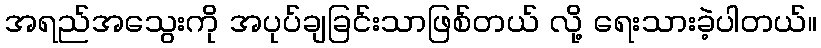
အရည်အသွေးကို အပုပ်ချခြင်းသာဖြစ်တယ် လို့ ရေးသားခဲ့ပါတယ်။